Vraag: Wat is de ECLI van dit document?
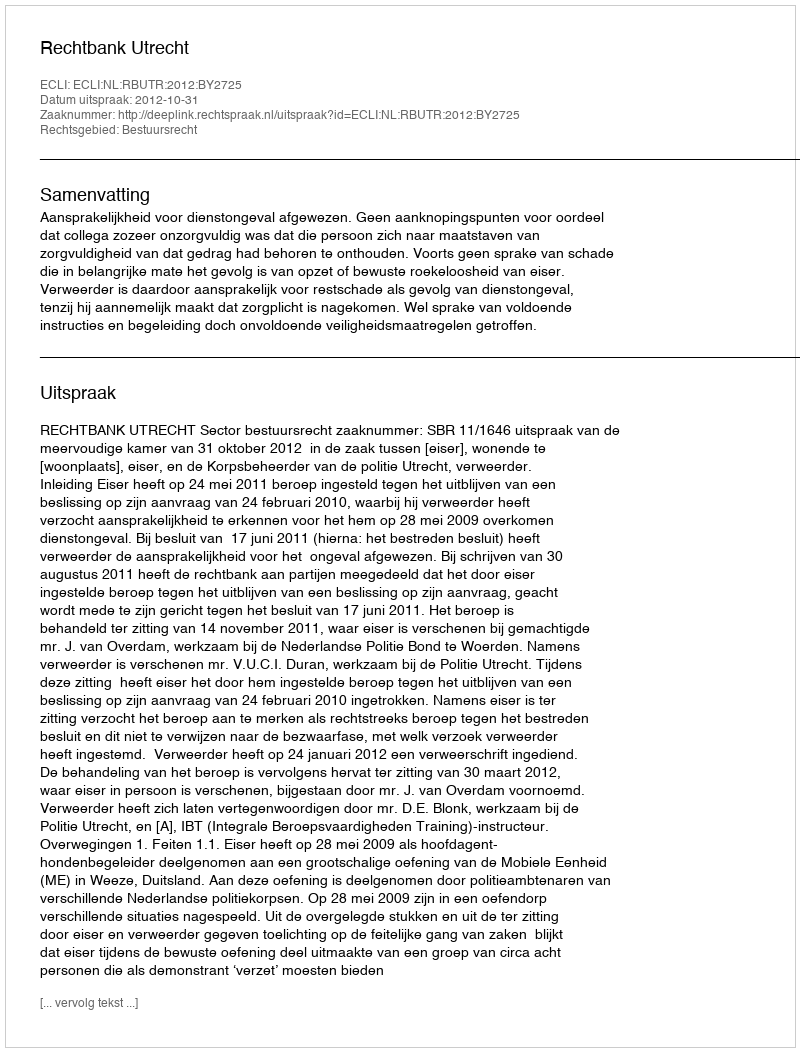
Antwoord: ECLI:NL:RBUTR:2012:BY2725